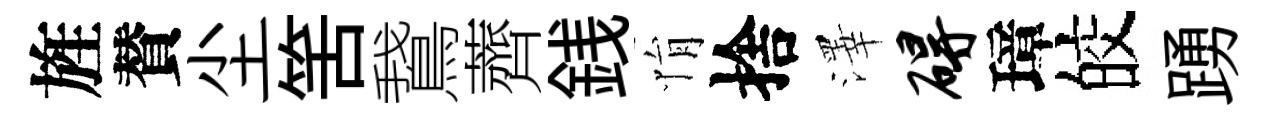
旌賛尘筈鵞薺銭悁捨澤碍璋皎踴